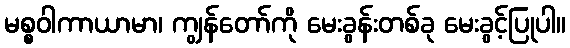
မစ္စဝါကာယာမာ၊ ကျွန်တော်ကို မေးခွန်းတစ်ခု မေးခွင့်ပြုပါ။